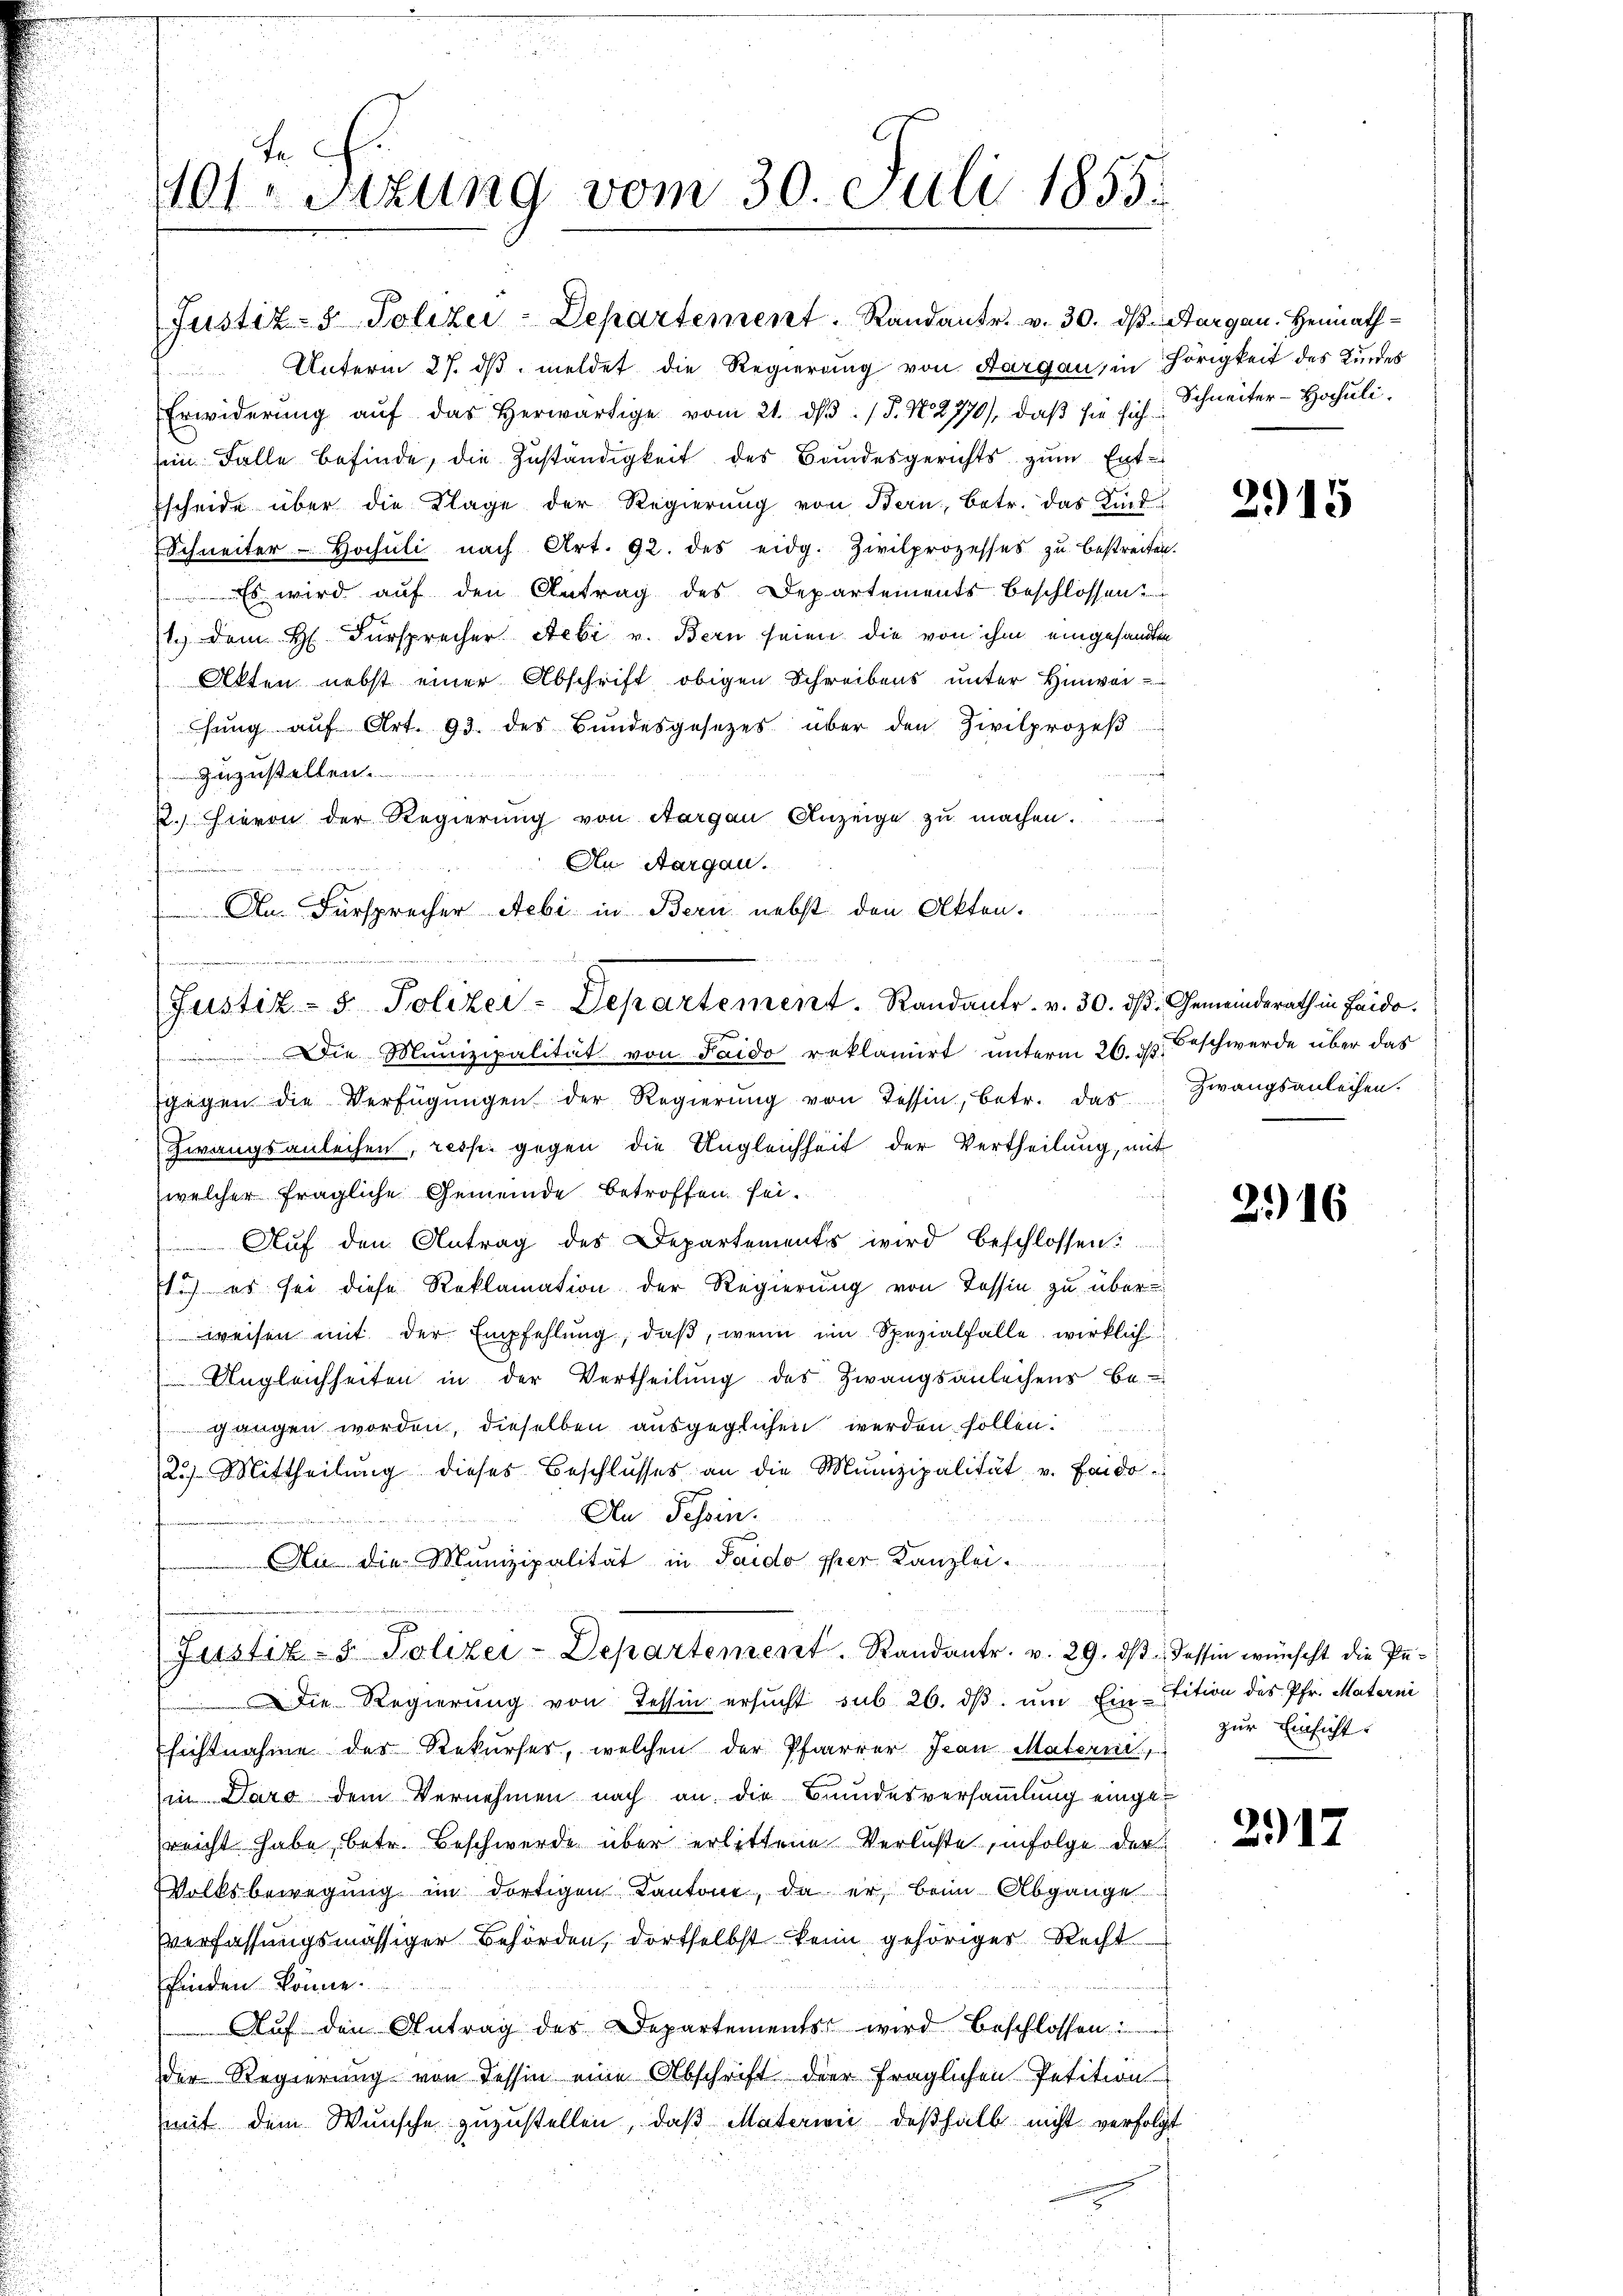
Fr
1401. Sizung vom 30. Juli 1855.

Unterm 27. dβ meldet die Regierung von Aargau, in Hörigkeit des Kindes
Erwiderŭng aŭf das herwärtige vom 21. dβ. / P. N. 2770), daβ sie sich Schneiter-Hochulisein Falle befinde, die Zuständigkeit des Bandesgerichts zum Ent¬
Escheide über die Klage der Regierung von Bern, betr. das Kind¬
Schweiter Hochŭli nach Art. 92. des eidg. Zivilprozesses zu bestreiten.
Es wird auf den Antrag des Departements beschlossen
1.) dem H. Fürsprecher Sebi v. Bern seien die von ihm eingesandten
Akten nebst einer Abschrift obigen Schreibens unter Hinweihŭng aŭf Art. 93. des Bŭndesgesetzes über den Zivilprozeβ
zuzustellen
2. Hievon der Regierung von Aargau Anzeige zu machen.
An Aargau.
f
An Fürsprecher Aebi in Bern nebst den Akten

Justiz- & Polizei-Departement. Randantr. v. 30. dβ Aargau. Heimath¬

Justiz- & Polizei-Departement. Randants. v. 30. dβ: Gemeinderath in Haido.
Die Munizipalität von Saido reklamirt unterm 26. d. Beschwerde über das

gegen die Verfügŭngen der Regierŭng von Tessin, betr. das Zwangsanleihen.
Zwangsanleihen, resp. gegen die Ungleichheit der Vertheilung, mit
welcher fragliche Gemeinde betroffen sei.
Aŭf den Antrag des Departements wird beschlossen:
s.) es sei diese Reklamation der Regierung von Tessin zu überweisen mit der Empfehlŭng, daβ, wenn im Spezialfalle, wirklich
Ungleichheiten in der Vertheilung des Zwangsanleihens be
gangen worden, dieselben ausgeglichen werden sollen.
2.) Mittheilung dieses Beschlŭsses an die Munizipalität v. Frido
An Tessin.
 u die Munizipalität in Saido per Kanzlei.
i
Justiz- & Polizei-Departement. Randantr. v. 29. dβ dessen wünscht die Pedie Regierŭng von Tessin ersŭcht sub 26. dβ ŭm Ein-tition des Pfr. Materni
sichtnahme des Rekurses, welchen der Pfarrer Jean Materni
in Daro dem Vernehmen nach an die Bundesversammlung eingesreicht habe, betr. Beschwerde über erlittene Verluste, infolge der
Volksbewegung im dortigen Cantone, da er beim Abgange
verfassungsmässiger Behörden, dortselbst kein gehöriger Recht
finden könne.
Aŭf den Antrag des Departements wird beschlossen u
der Regierung von dessin eine Abschrift der fraglichen Petition
mit dem Wunsche zuzustellen, daß Materien deßhalb nicht verfolgt

2915

2916

zur Einsicht.

2917